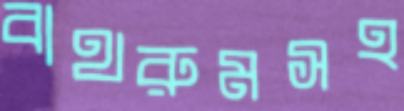
বাথরুমসহ